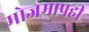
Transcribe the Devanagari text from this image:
मोजमापही